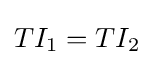
TI_{1}=TI_{2}